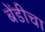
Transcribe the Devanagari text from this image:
बेंडीचा